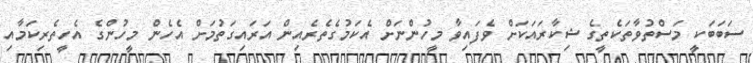
ސަބަބަކީ މަސްތުވާތަކެތީގެ ޝިކާރައަކަށް ވެފައިވާ މީހުންނަށް އެކަމުގެތެރެއިން އަރައިގަތުމަށް އެހެން މީހުންގެ އެހީތެރިކަމާއި